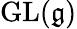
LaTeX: \operatorname{GL}({\mathfrak{g}})